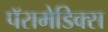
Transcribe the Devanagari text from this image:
पॅरामेडिक्स